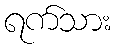
ရက်သား